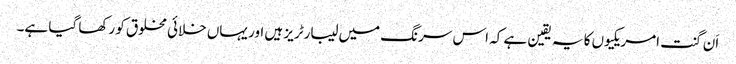
اَن گنت امریکیوں کا یہ یقین ہے کہ اس سرنگ میں لیبارٹریز ہیں اور یہاں خلائی مخلوق کو رکھا گیا ہے۔